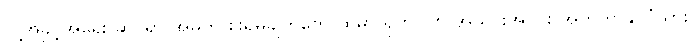
လူ့အခွင့်အရေး ဆိုင်ရာ အဓိက စိုးရိမ်ချက်တွေ ထဲမှာ ရိုဟင်ဂျာ အသိုင်းအဝိုင်း အတွက် နိုင်ငံသား